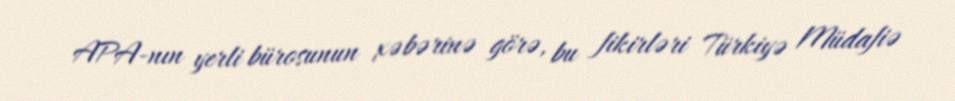
APA-nın yerli bürosunun xəbərinə görə, bu fikirləri Türkiyə Müdafiə